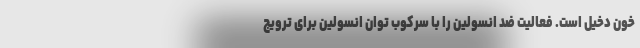
خون دخیل است. فعالیت ضد انسولین را با سرکوب توان انسولین برای ترویج